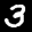
Label: 3